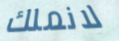
لانملك